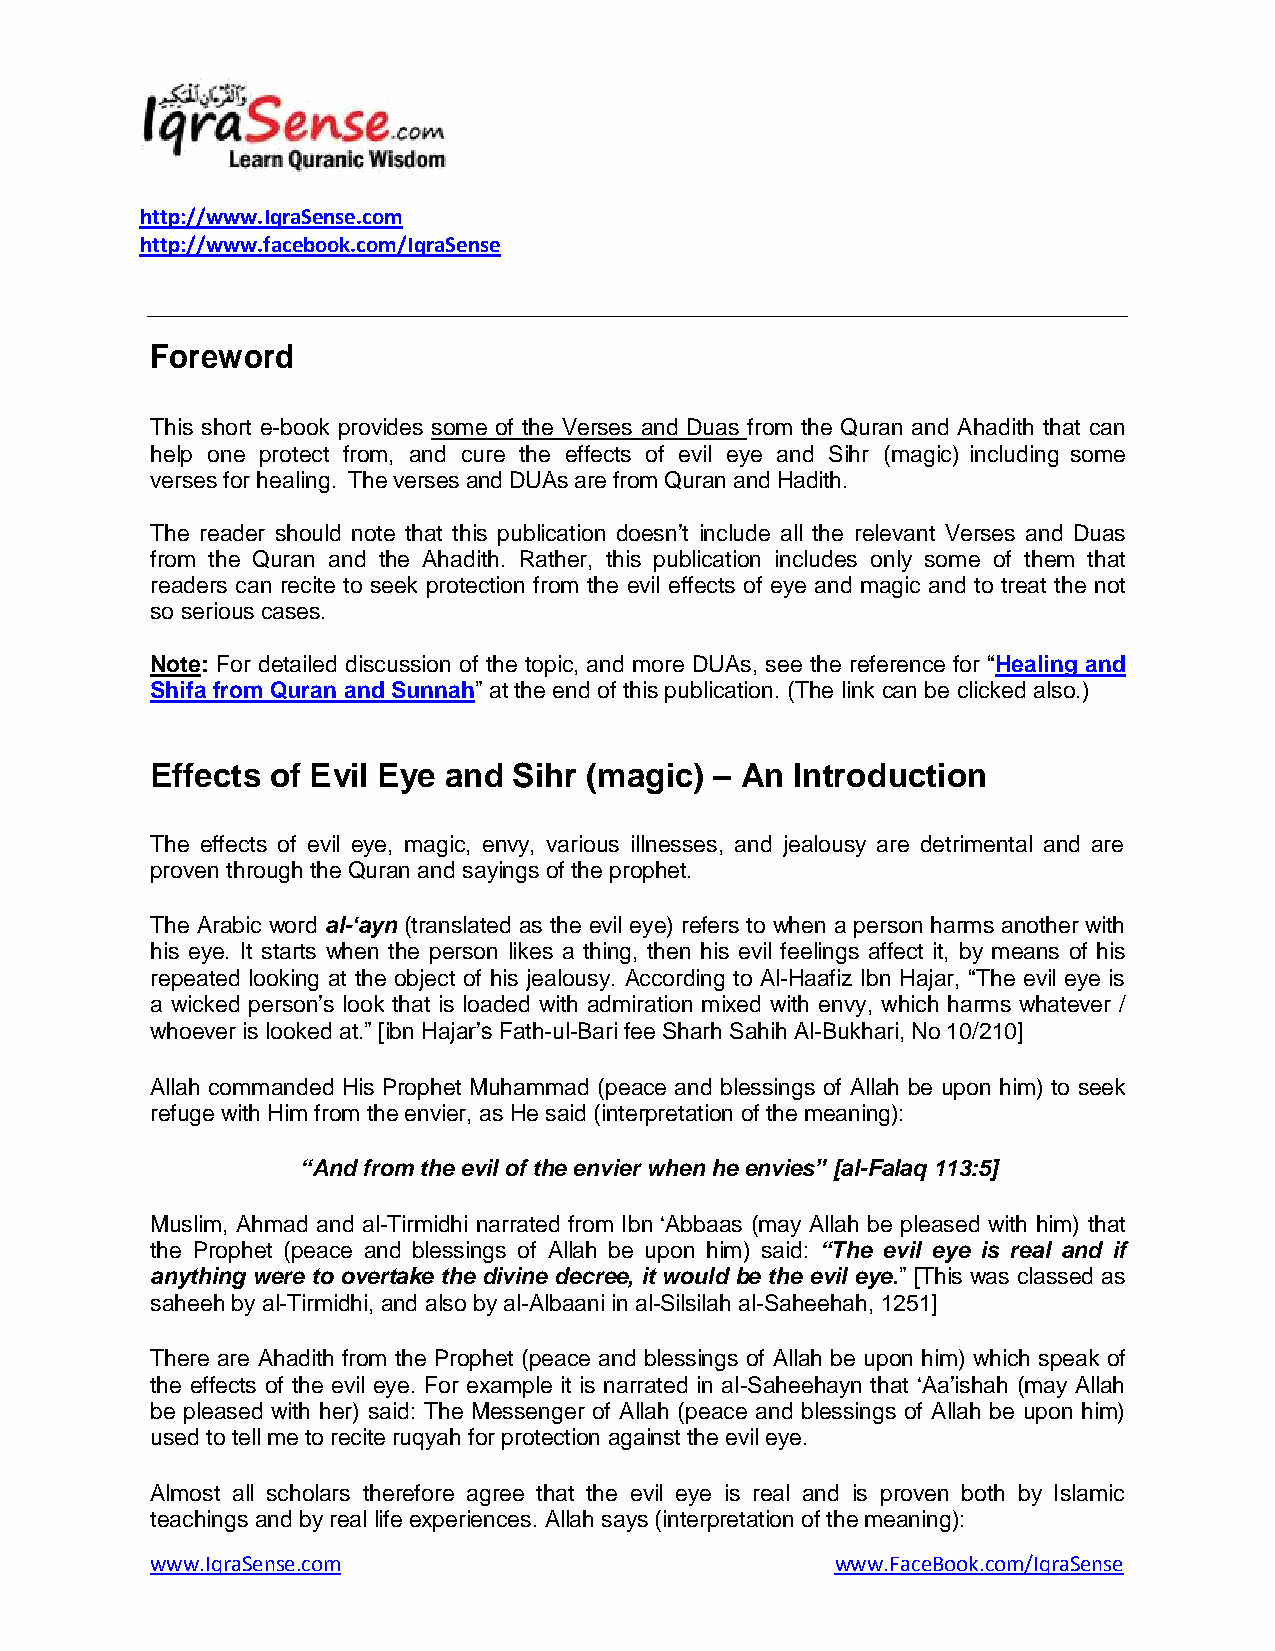
http://www.IqraSense.com
 http://www.facebook.com/IqraSense
 Foreword
 This short e-book provides some of the Verses and Duas from the Quran and Ahadith that can
 help one protect from, and cure the effects of evil eye and Sihr (magic) including some
 verses for healing. The verses and DUAs are from Quran and Hadith.
 The reader should note that this publication doesn‟t include all the relevant Verses and Duas
 from the Quran and the Ahadith. Rather, this publication includes only some of them that
 readers can recite to seek protection from the evil effects of eye and magic and to treat the not
 so serious cases.
 Note: For detailed discussion of the topic, and more DUAs, see the reference for “Healing and
 Shifa from Quran and Sunnah” at the end of this publication. (The link can be clicked also.)
 Effects of Evil Eye and Sihr (magic) – An Introduction
 The effects of evil eye, magic, envy, various illnesses, and jealousy are detrimental and are
 proven through the Quran and sayings of the prophet.
 The Arabic word al-„ayn (translated as the evil eye) refers to when a person harms another with
 his eye. It starts when the person likes a thing, then his evil feelings affect it, by means of his
 repeated looking at the object of his jealousy. According to Al-Haafiz Ibn Hajar, “The evil eye is
 a wicked person‟s look that is loaded with admiration mixed with envy, which harms whatever /
 whoever is looked at.” [ibn Hajar‟s Fath-ul-Bari fee Sharh Sahih Al-Bukhari, No 10/210]
 Allah commanded His Prophet Muhammad (peace and blessings of Allah be upon him) to seek
 refuge with Him from the envier, as He said (interpretation of the meaning):
 “And from the evil of the envier when he envies” [al-Falaq 113:5]
 Muslim, Ahmad and al-Tirmidhi narrated from Ibn „Abbaas (may Allah be pleased with him) that
 the Prophet (peace and blessings of Allah be upon him) said: “The evil eye is real and if
 anything were to overtake the divine decree, it would be the evil eye.” [This was classed as
 saheeh by al-Tirmidhi, and also by al-Albaani in al-Silsilah al-Saheehah, 1251]
 There are Ahadith from the Prophet (peace and blessings of Allah be upon him) which speak of
 the effects of the evil eye. For example it is narrated in al-Saheehayn that „Aa‟ishah (may Allah
 be pleased with her) said: The Messenger of Allah (peace and blessings of Allah be upon him)
 used to tell me to recite ruqyah for protection against the evil eye.
 Almost all scholars therefore agree that the evil eye is real and is proven both by Islamic
 teachings and by real life experiences. Allah says (interpretation of the meaning):
 www.IqraSense.com                            www.FaceBook.com/IqraSense